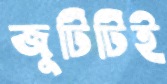
জুটিটিই